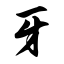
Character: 牙